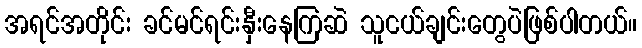
အရင်အတိုင်း ခင်မင်ရင်းနှီးနေကြဆဲ သူငယ်ချင်းတွေပဲဖြစ်ပါတယ်။